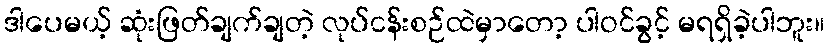
ဒါပေမယ့် ဆုံးဖြတ်ချက်ချတဲ့ လုပ်ငန်းစဉ်ထဲမှာတော့ ပါဝင်ခွင့် မရရှိခဲ့ပါဘူး။